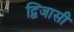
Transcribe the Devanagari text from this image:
द्विजासी